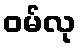
ဝမ်လု